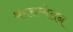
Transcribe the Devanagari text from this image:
श्रमसम्मेलन